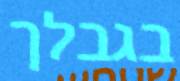
בגבלך